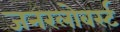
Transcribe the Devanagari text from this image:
जनरलोबर्स्ट